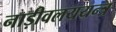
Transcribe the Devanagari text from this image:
नाड़ीवलययन्त्र